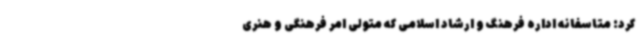
کرد: متاسفانه اداره فرهنگ و ارشاد اسلامی که متولی امر فرهنگی و هنری